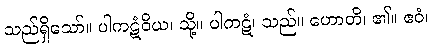
သည်ရှိသော်။ ပါကဋံဝိယ၊ သို့။ ပါကဋံ၊ သည်။ ဟောတိ၊ ၏။ ဧဝံ၊